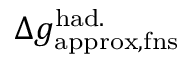
\Delta { g } _ { \mathrm { a p p r o x , f n s } } ^ { \mathrm { h a d . } }